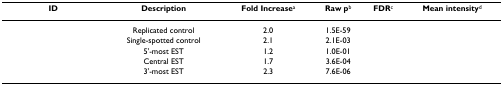
<table><thead><tr><td><b>ID</b></td><td><b>Description</b></td><td><b>Fold Increase<sup>a</sup></b></td><td><b>Raw p<sup>b</sup></b></td><td><b>FDR<sup>c</sup></b></td><td><b>Mean intensity<sup>d</sup></b></td></tr></thead><tbody><tr><td>[EMPTY_CELL]</td><td>Replicated control</td><td>2.0</td><td>1.5E-59</td><td>[EMPTY_CELL]</td><td>[EMPTY_CELL]</td></tr><tr><td>[EMPTY_CELL]</td><td>Single-spotted control</td><td>2.1</td><td>2.1E-03</td><td>[EMPTY_CELL]</td><td>[EMPTY_CELL]</td></tr><tr><td>[EMPTY_CELL]</td><td>5'-most EST</td><td>1.2</td><td>1.0E-01</td><td>[EMPTY_CELL]</td><td>[EMPTY_CELL]</td></tr><tr><td>[EMPTY_CELL]</td><td>Central EST</td><td>1.7</td><td>3.6E-04</td><td>[EMPTY_CELL]</td><td>[EMPTY_CELL]</td></tr><tr><td>[EMPTY_CELL]</td><td>3'-most EST</td><td>2.3</td><td>7.6E-06</td><td>[EMPTY_CELL]</td><td>[EMPTY_CELL]</td></tr></tbody></table>